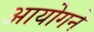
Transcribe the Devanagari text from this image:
आयोगने